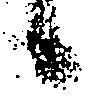
候